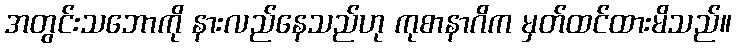
အတွင်းသဘောကို နားလည်နေသည်ဟု ကုစာနာဂိက မှတ်ထင်ထားမိသည်။